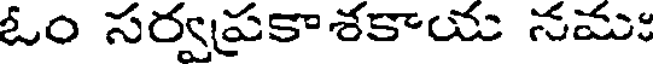
ఓం సర్వప్రకాశకాయ నమః